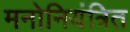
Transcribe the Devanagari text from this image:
मनोनियंत्रित